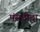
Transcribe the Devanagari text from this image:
पंसदीदा